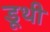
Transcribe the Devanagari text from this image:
डूथी